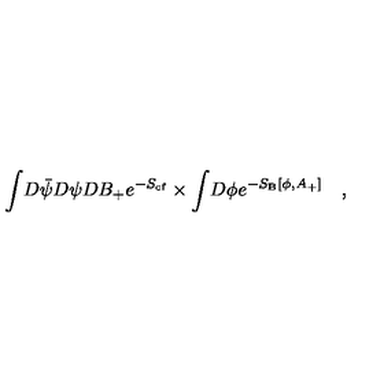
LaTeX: \int \! D \bar { \psi } D \psi D B _ { + } e ^ { - S _ { \mathrm { { c f } } } } \times \int \! D \phi e ^ { - S _ { \mathrm { { B } } } [ \phi , A _ { + } ] } \quad ,